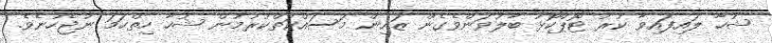
ޝުހާ ލައިފައިވާ ކުރު ޓޮޕްކޮޅު ބާލުވަންވެގެން ޒައިން މަސައްކަތްކުރުމުން ޝުހާ ހިތްހަމަ ނުޖެހުނެވެ.